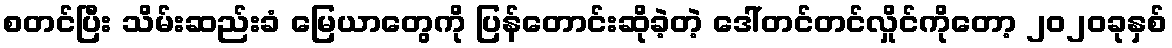
စတင်ပြီး သိမ်းဆည်းခံ မြေယာတွေကို ပြန်တောင်းဆိုခဲ့တဲ့ ဒေါ်တင်တင်လှိုင်ကိုတော့ ၂၀၂၀ခုနှစ်